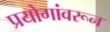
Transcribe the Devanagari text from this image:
प्रयोगांवरून